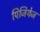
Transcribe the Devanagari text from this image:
पिजियेज